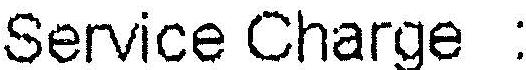
SERVICE CHARGE :